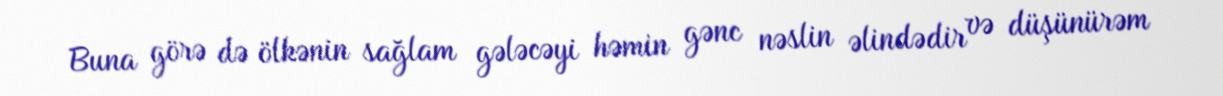
Buna görə də ölkənin sağlam gələcəyi həmin gənc nəslin əlindədir və düşünürəm